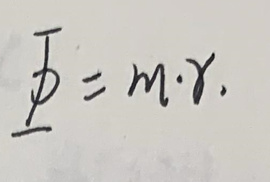
\[
\varPhi = m\cdot \gamma
\]